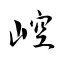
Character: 崆